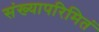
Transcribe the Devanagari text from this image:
संख्यापरिमितं